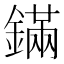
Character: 鏋